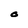
Character: O